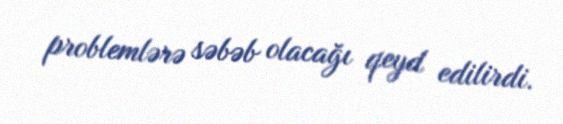
problemlərə səbəb olacağı qeyd edilirdi.